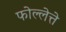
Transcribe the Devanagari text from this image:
फोल्लेत्ते